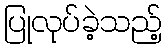
ပြုလုပ်ခဲ့သည့်